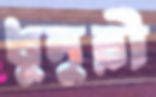
ধুনুরী